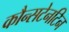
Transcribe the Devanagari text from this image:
कौन्सटेनटिन